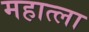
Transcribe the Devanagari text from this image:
महात्ला